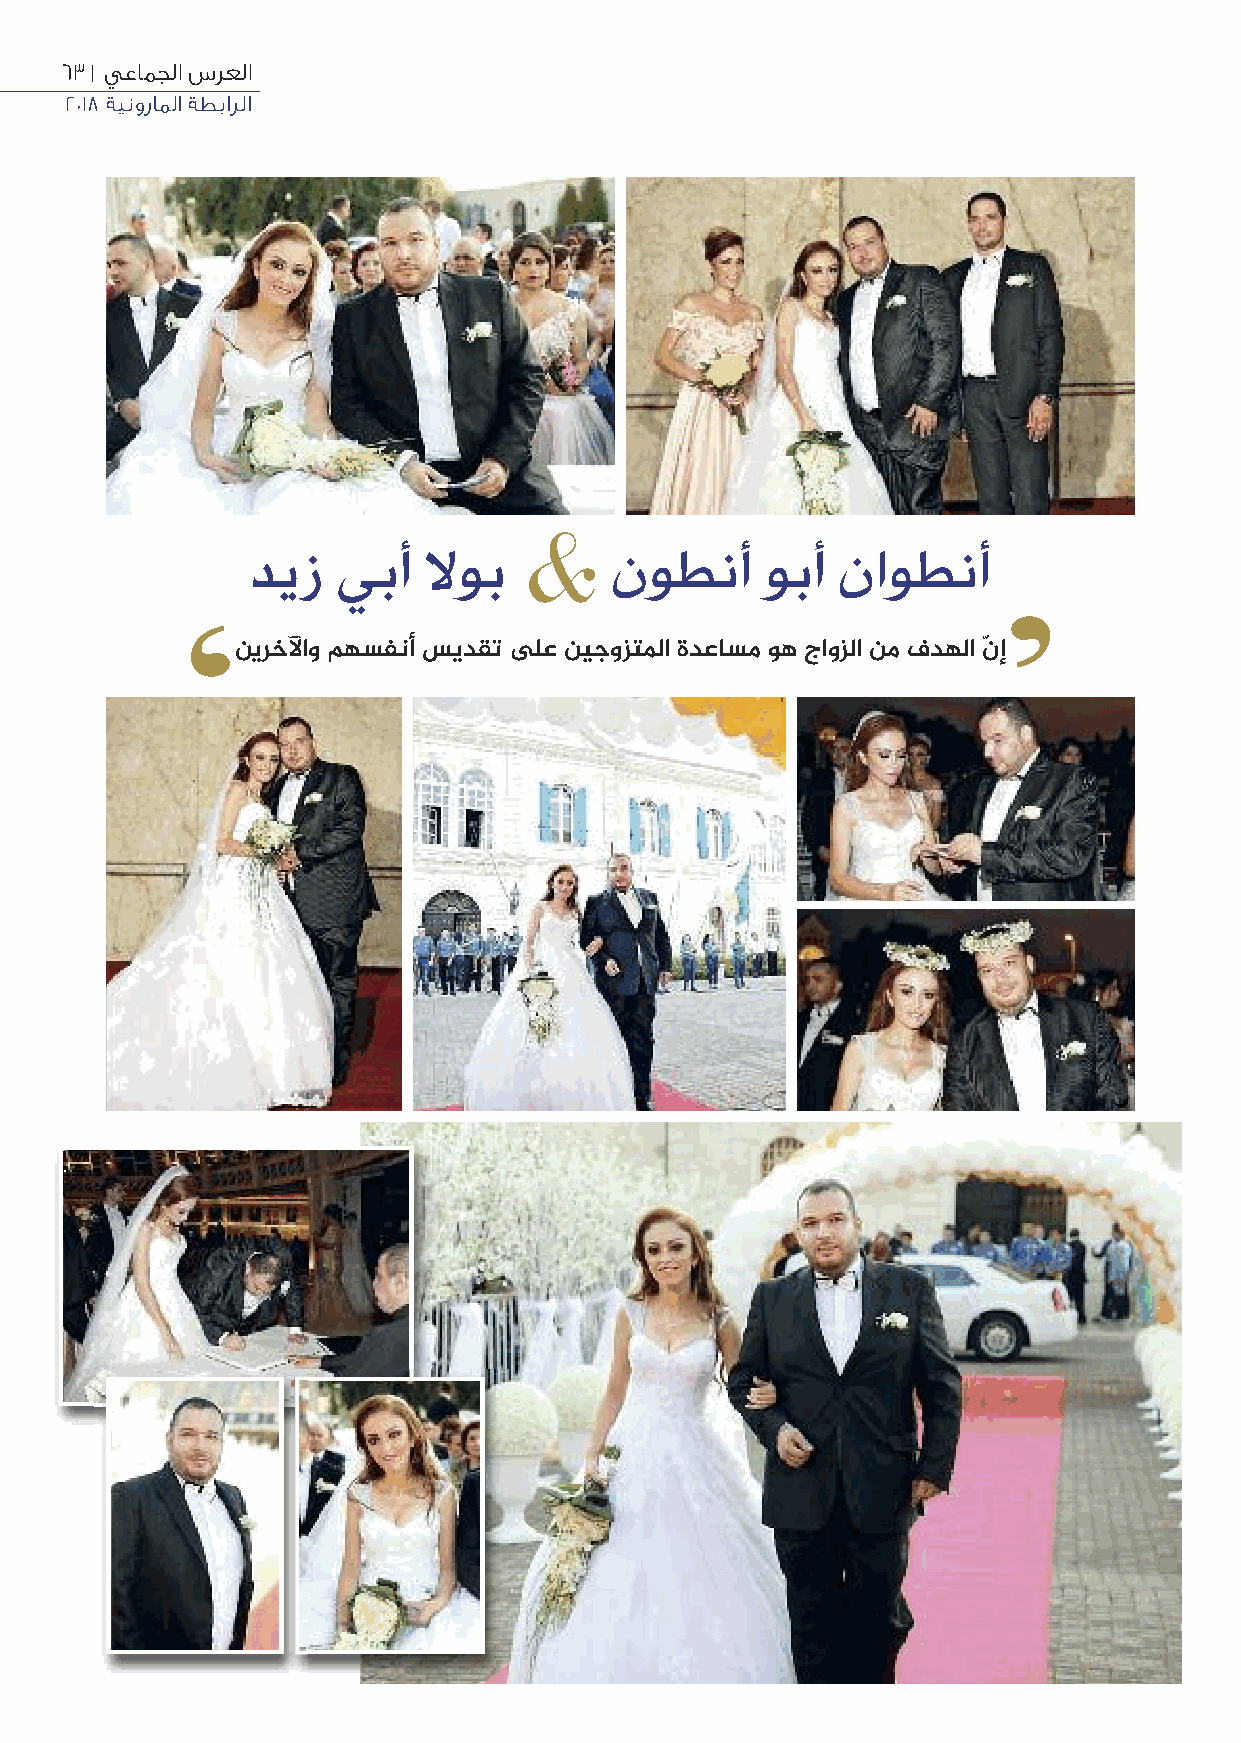
63 | يعامجلا سرعلا
 2018 ةينوراملا ةطبارلا
 &
 ديز  يبأ   ﻻوب          نوطنأ     وبأ ناوطنأ
 ‘                                                     ’
 نيرخﻵاو مهسفنأ سيدقت على نيجوزتﳌا ةدعاسم وه جاوزلا نم فدهلا نّ إ